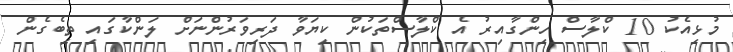
މުޅިއެކު 10 ކްލާސް ހިންގާއިރު އެ ކްލާސްތަކުން ކިޔަވާ ދަރިވަރުންނަށް ލަންކާގައި ތިބެގެން